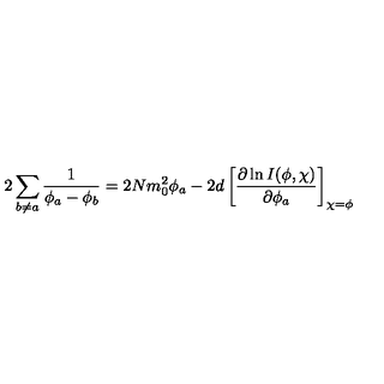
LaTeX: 2 \sum _ { b \neq a } \frac { 1 } { \phi _ { a } - \phi _ { b } } = 2 N m _ { 0 } ^ { 2 } \phi _ { a } - 2 d \left[ \frac { \partial \ln I ( \phi , \chi ) } { \partial \phi _ { a } } \right] _ { \chi = \phi }